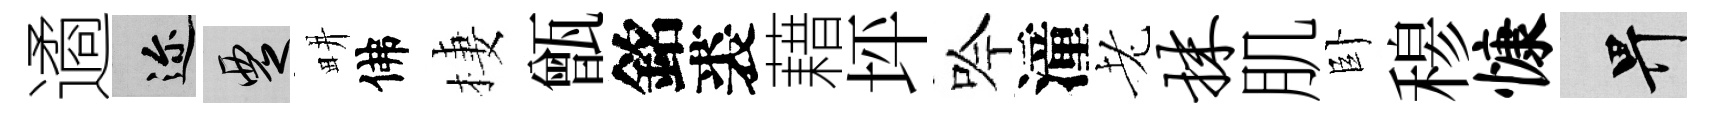
遹邇覂畊佛棲甑銘裘藉坪吟潼老抹肌卧𥠇慷畀